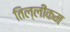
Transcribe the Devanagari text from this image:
तिल्लीकम